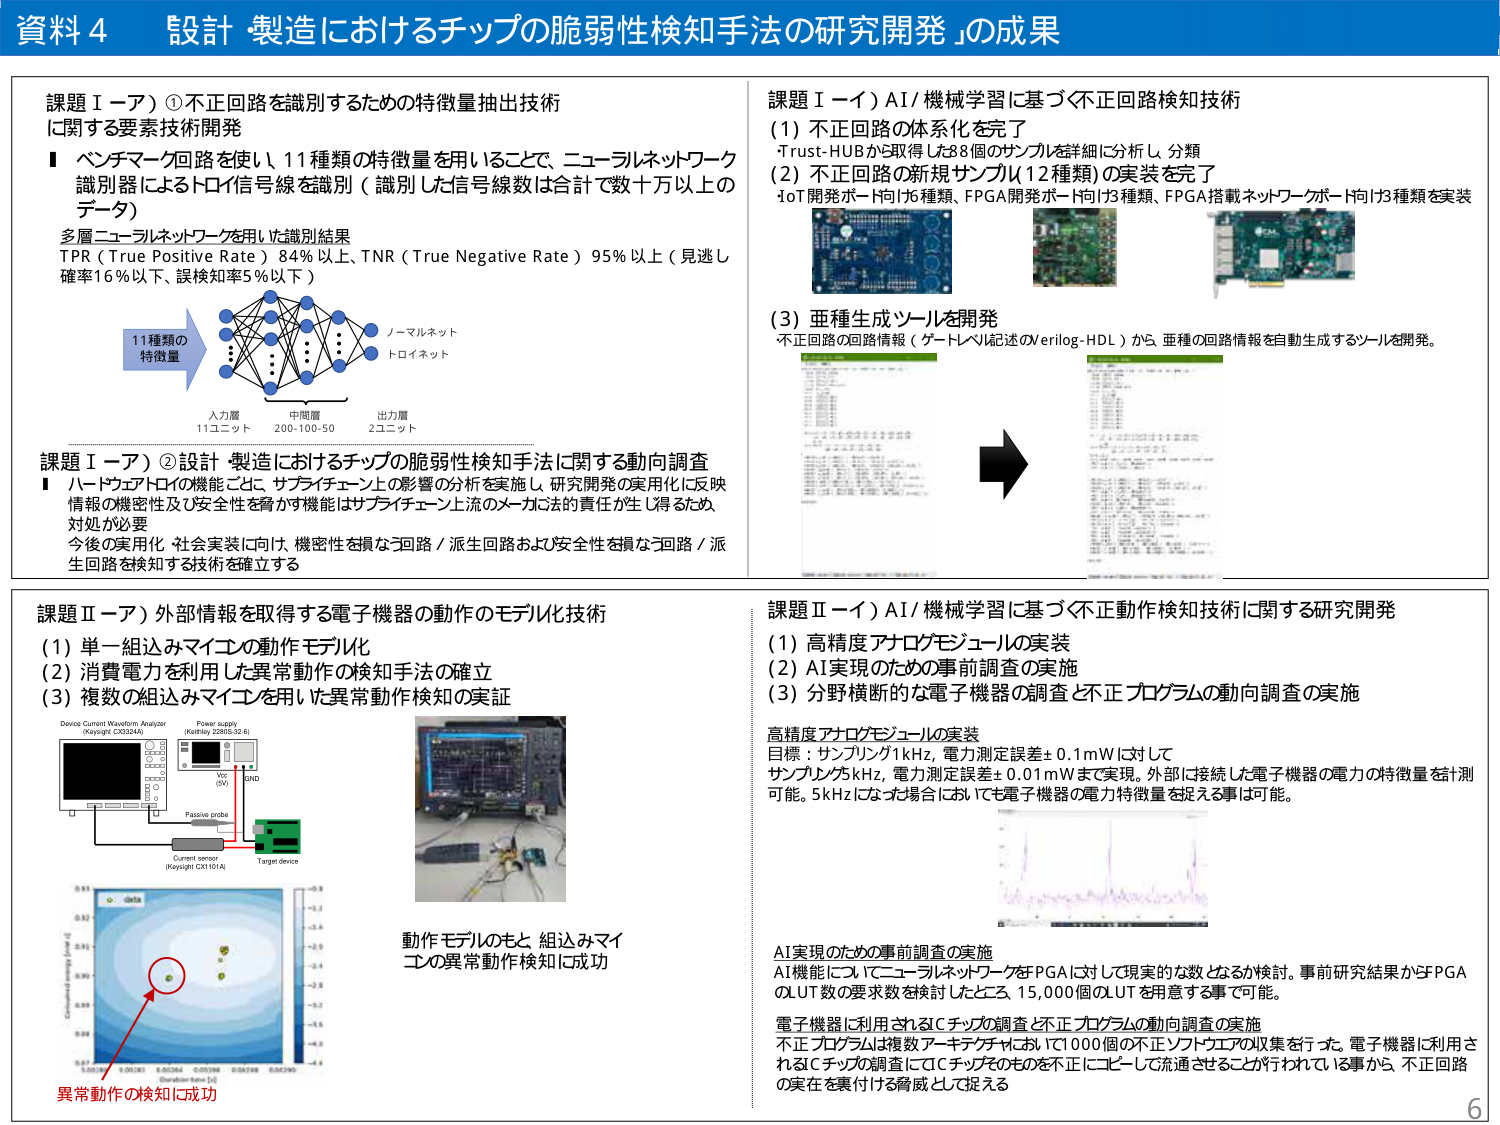
資料４ 設計・製造におけるチップの脆弱性検知手法の研究開発」の成果

課題Ⅰ－ア）①不正回路を識別するための特徴量抽出技術に関する要素技術開発
■ ベンチマーク回路を使い、11種類の特徴量を用いることで、ニューラルネットワーク識別器によるトロイ信号線を識別（識別した信号線数は合計で数十万以上のデータ）
多層ニューラルネットワークを用いた識別結果
TPR（True Positive Rate）84％以上、TNR（True Negative Rate）95％以上（見逃し確率16％以下、誤検知率5％以下）
11種類の特徴量
入力層 11ユニット
中間層 200-100-50
出力層 2ユニット
ノーマルネット
トロイネット

課題Ⅰ－ア）②設計・製造におけるチップの脆弱性検知手法に関する動向調査
■ ハードウェアトロイの機能ごと、サプライチェーン上の影響の分析を実施し、研究開発の実用化に反映。情報の機密性及び安全性を脅かす機能はサプライチェーン上流のメーカが法的責任が生じ得るため、対処が必要。今後の実用化・社会実装に向け、機密性を損なう回路／派生回路および安全性を損なう回路／派生回路を検知する技術を確立する

課題Ⅰ－イ）AI/機械学習に基づく不正回路検知技術
(1) 不正回路の体系化を完了
・Trust-HUBから取得した8個のサンプルを詳細に分析し、分類
(2) 不正回路の新規サンプル（12種類）の実装を完了
IoT開発ボード向け6種類、FPGA開発ボード向け3種類、FPGA搭載ネットワークボード向け3種類を実装
(3) 亜種生成ツールを開発
不正回路の回路情報（ゲートレベル記述のVerilog-HDL）から、亜種の回路情報を自動生成するツールを開発。

課題Ⅱ－ア）外部情報を取得する電子機器の動作のモデル化技術
(1) 単一組込みマイコンの動作モデル化
(2) 消費電力を利用した異常動作の検知手法の確立
(3) 複数の組込みマイコンを用いた異常動作検知の実証
Device Current Waveform Analyzer (Keysight CX3324A)
Power supply (Kephiy 2286S-32-6)
VCC (5V)
GND
Passive probe
Current sensor (Keysight CXT101A)
Target device
動作モデルのもと、組込みマイコンの異常動作検知に成功
異常動作の検知に成功

課題Ⅱ－イ）AI/機械学習に基づく不正動作検知技術に関する研究開発
(1) 高精度アナログモジュールの実装
(2) AI実現のための事前調査の実施
(3) 分野横断的な電子機器の調査と不正プログラムの動向調査の実施
高精度アナログモジュールの実装
目標：サンプリング1kHz、電力測定誤差±0.1mWに対して
サンプリング5kHz、電力測定誤差±0.01mWまで実現。外部に接続した電子機器の電力の特徴量を計測可能。5kHzになる場合においても電子機器の電力特徴量を捉える事は可能。
AI実現のための事前調査の実施
AI機能についてニューラルネットワークをFPGAに対して現実的な数となるか検討。事前研究結果からFPGAのLUT数の要求数を検討したところ、15,000個のLUTを用意する事で可能。
電子機器を利用されるチップの調査と不正プログラムの動向調査の実施
不正プログラムは複数アーキテクチャにおいて1000個の不正ソフトウェアの収集を行った。電子機器に利用されるチップの調査にてチップそのものを不正にコピーして流通させることも行われている事から、不正回路の実在を裏付ける脅威として捉える

6